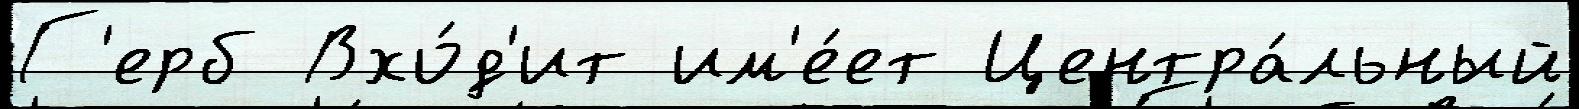
Г'ерб Вхо́д'ит им'е́ет Центра́льный